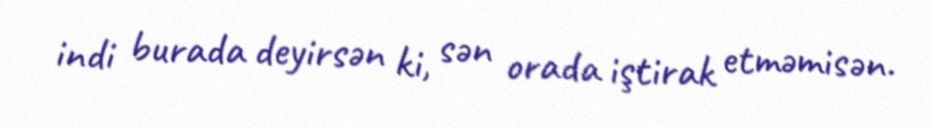
indi burada deyirsən ki, sən orada iştirak etməmisən.